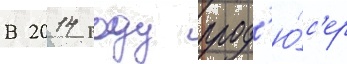
В 2014 году прод'ю́с'ер